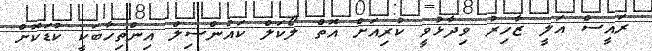
ރައީސް އަލީ ޒާހިރު ވިދާޅުވީ ކުރިއަށް އޮތް ލޯކަލް ކައުންސިލް އިންތިހާބަކީ ކުޑަކޮށް